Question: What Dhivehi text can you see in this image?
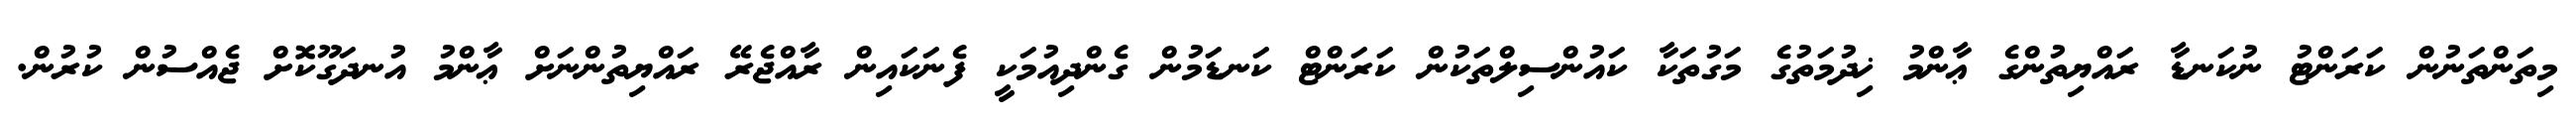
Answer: މިތަންތަނުން ކަރަންޓު ނުކަނޑާ ރައްޔިތުންގެ ޢާންމު ޚިދުމަތުގެ މަގުތަކާ ކައުންސިލްތަކުން ކަރަންޓް ކަނޑަމުން ގެންދިއުމަކީ ފެނަކައިން ރާއްޖެރޭ ރައްޔިތުންނަށް ޢާންމު އުނދަގޫކޮށް ޖެއްސުން ކުރުން.